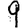
Digit: 9